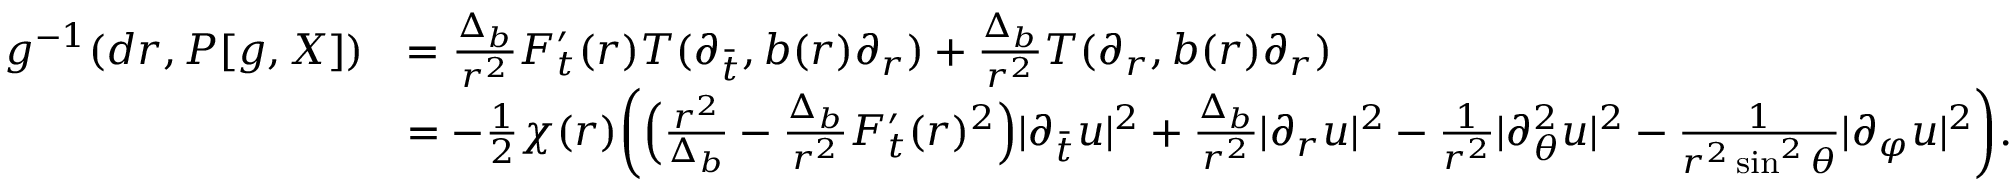
\begin{array} { r l } { g ^ { - 1 } ( d r , P [ g , X ] ) } & { = \frac { \Delta _ { b } } { r ^ { 2 } } F _ { t } ^ { \prime } ( r ) T ( \partial _ { \bar { t } } , b ( r ) \partial _ { r } ) + \frac { \Delta _ { b } } { r ^ { 2 } } T ( \partial _ { r } , b ( r ) \partial _ { r } ) } \\ & { = - \frac 1 2 \chi ( r ) \bigg ( \Big ( \frac { r ^ { 2 } } { \Delta _ { b } } - \frac { \Delta _ { b } } { r ^ { 2 } } F _ { t } ^ { \prime } ( r ) ^ { 2 } \Big ) \lvert \partial _ { \bar { t } } u \rvert ^ { 2 } + \frac { \Delta _ { b } } { r ^ { 2 } } \lvert \partial _ { r } u \rvert ^ { 2 } - \frac { 1 } { r ^ { 2 } } \vert \partial _ { \theta } ^ { 2 } u \vert ^ { 2 } - \frac { 1 } { r ^ { 2 } \sin ^ { 2 } \theta } \vert \partial _ { \varphi } u \vert ^ { 2 } \bigg ) . } \end{array}